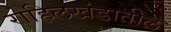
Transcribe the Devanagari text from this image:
रोहिलखंडातील